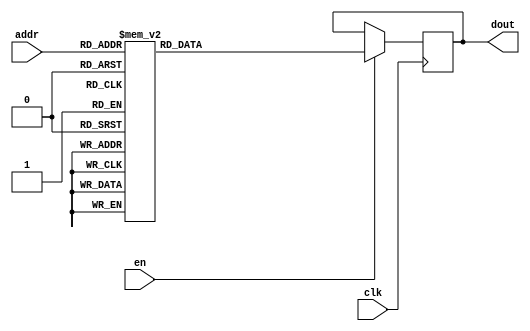
`timescale 1ns / 1ps
/*
Copyright
All right reserved.
Module Name: rom_syn
Author  : Zichuan Liu, Yixing Li and Wenye Liu.
Description:
A synthesized ROM: ROM_DEP x ROM_WID
*/
module AD_REF_ROM_1(
// inputs
clk,
en,
addr,
// outputs
dout
);
localparam ROM_WID = 22;
localparam ROM_DEP = 32;
localparam ROM_ADDR = 5;
// input definition
input clk;
input en;
input [ROM_ADDR-1:0] addr;
// output definition
output [ROM_WID-1:0] dout;
reg [ROM_WID-1:0] data;
always @(posedge clk)
begin
if (en) begin
case(addr)
		5'd0: data <= 22'b1111111111111111111110;
		5'd1: data <= 22'b1111111111111111111000;
		5'd2: data <= 22'b0000000000000000000101;
		5'd3: data <= 22'b1111111111111101101011;
		5'd4: data <= 22'b0000000000000000000000;
		5'd5: data <= 22'b0000000000000000000000;
		5'd6: data <= 22'b0000000000000000000001;
		5'd7: data <= 22'b0000000000001110111111;
		5'd8: data <= 22'b1111111111000000000000;
		5'd9: data <= 22'b0000000000000000001010;
		5'd10: data <= 22'b1111111111111111101111;
		5'd11: data <= 22'b1111111111111111111101;
		5'd12: data <= 22'b0000000000000000000010;
		5'd13: data <= 22'b0000000000001110001000;
		5'd14: data <= 22'b0000000000000000000000;
		5'd15: data <= 22'b1111111111000000000000;
		5'd16: data <= 22'b0000000000000001010000;
		5'd17: data <= 22'b1111111111111110111111;
		5'd18: data <= 22'b1111111111111111111101;
		5'd19: data <= 22'b1111111111001001001100;
		5'd20: data <= 22'b0000000000000011110110;
		5'd21: data <= 22'b0000000000000000100101;
		5'd22: data <= 22'b1111111111111111111110;
		5'd23: data <= 22'b1111111111111111111100;
		5'd24: data <= 22'b0000000000000000000001;
		5'd25: data <= 22'b1111111111111111111110;
		5'd26: data <= 22'b1111111111110101010110;
		5'd27: data <= 22'b0000000000000010011101;
		5'd28: data <= 22'b1111111111111110101010;
		5'd29: data <= 22'b1111111111111111111110;
		5'd30: data <= 22'b0000000000000101111011;
		5'd31: data <= 22'b0000000000000010001111;
		endcase
		end
	end
	assign dout = data;
endmodule